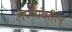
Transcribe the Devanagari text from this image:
लेण्यांवरील